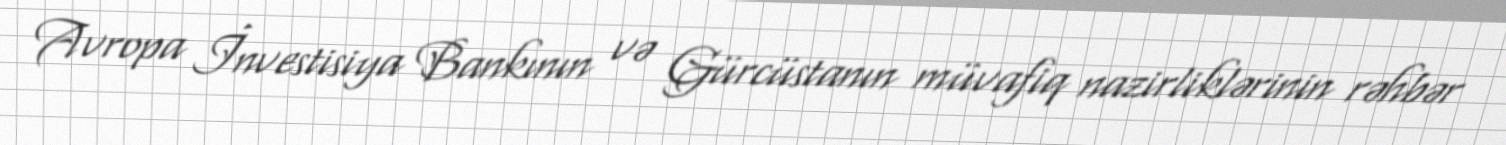
Avropa İnvestisiya Bankının və Gürcüstanın müvafiq nazirliklərinin rəhbər